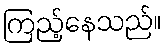
ကြည့်နေသည်။